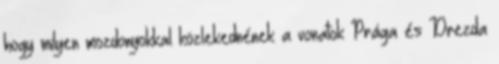
hogy milyen mozdonyokkal közlekednének a vonatok Prága és Drezda